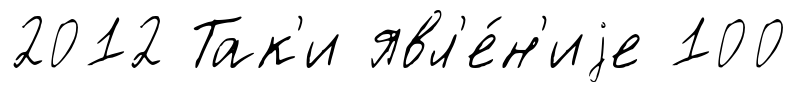
2012 Так'и явл'е́н'иjе 100